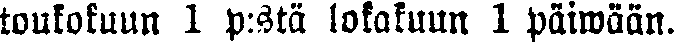
toukokuun 1 p:stä lokakuun 1 päiwään.